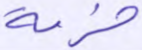
حزمة